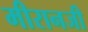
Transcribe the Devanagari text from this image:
मीरानजी